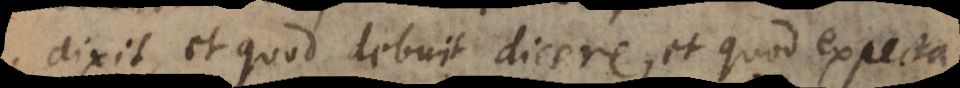
dixit, et quod debuit dicere, et quod expecta